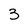
Character: 3